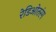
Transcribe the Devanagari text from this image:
रेडिओतरंग